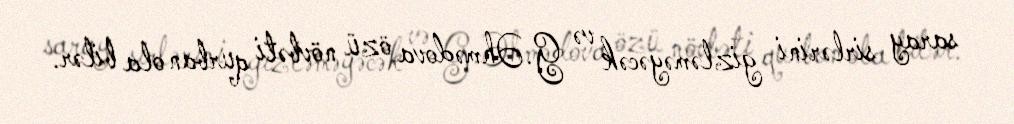
saray sirlərini gizləməyəcək və G.Əhmədova özü növbəti qurban ola bilər.